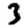
Digit: 3